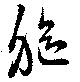
躯